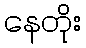
နေတိုး